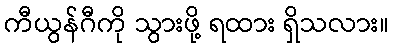
ကီယွန်ဂီကို သွားဖို့ ရထား ရှိသလား။